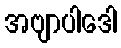
အဗျာပါဒေါ